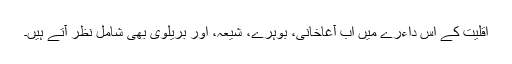
اقلیت کے اس داءرے میں اب آغاخانی، بوہرے، شیعہ، اور بریلوی بھی شامل نظر آتے ہیں۔